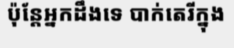
ប៉ុន្តែអ្នកដឹងទេ បាក់តេរីក្នុង